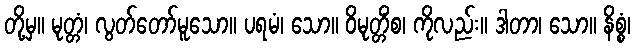
တို့မှ။ မုတ္တံ၊ လွတ်တော်မူသော။ ပရမံ၊ သော။ ဝိမုတ္တိံစ၊ ကိုလည်း။ ဒါတာ၊ သော။ နိစ္စံ၊